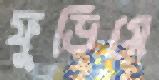
ফুড়িয়ে